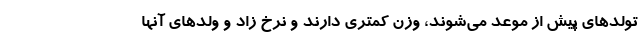
تولدهای پیش از موعد می‌شوند، وزن کمتری دارند و نرخ زاد و ولدهای آنها